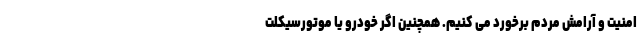
امنیت و آرامش مردم برخورد می کنیم. همچنین اگر خودرو یا موتورسیکلت